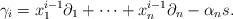
LaTeX: \begin{align*}\gamma_i = x_1^{i-1}\partial_1 + \dots + x_n^{i-1}\partial_n - \alpha_n s.\end{align*}